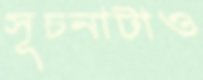
সূচনাটাও